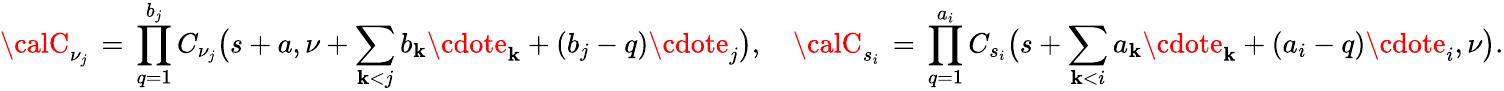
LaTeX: {\calC}_{\nu_{j}}\, =\, \prod_{q=1}^{b_{j}}C_{\nu_{j}}\big(s+a,\nu+\sum_{\mathbf{k}<j}b_{\mathbf{k}}\cdote_{\mathbf{k}}+(b_{j}-q)\cdote_{j}\big),\quad{\calC}_{s_{i}}\, =\, \prod_{q=1}^{a_{i}}C_{s_{i}}\big(s+\sum_{\mathbf{k}<i}a_{\mathbf{k}}\cdote_{\mathbf{k}}+(a_{i}-q)\cdote_{i},\nu\big).